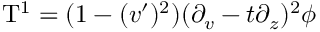
\mathrm { T } ^ { 1 } = ( 1 - ( v ^ { \prime } ) ^ { 2 } ) ( \partial _ { v } - t \partial _ { z } ) ^ { 2 } \phi